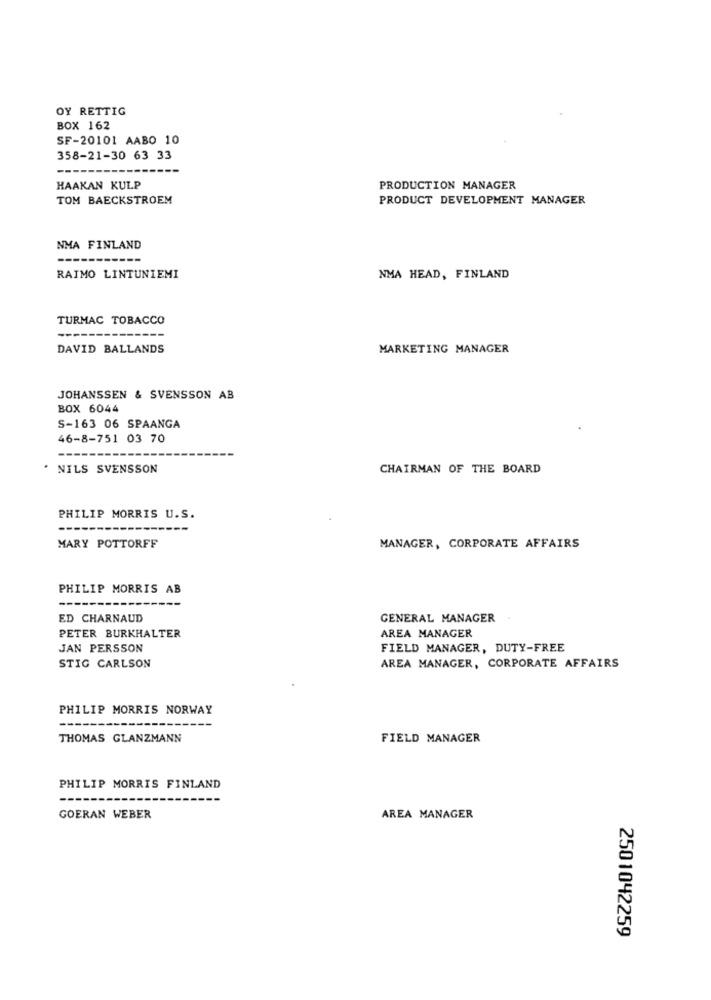
OY RETTIG
BOX 162
SF-20101 AABO 10
358-21-30 63 33
HAAKAN KULP
PRODUCTION MANAGER
TOM BAECKSTROEM
PRODUCT DEVELOPMENT MANAGER
NMA FINLAND
RAIMO LINTUNIEMI
NMA HEAD, FINLAND
TURMAC TOBACCO
---
DAVID BALLANDS
MARKETING MANAGER
JOHANSSEN & SVENSSON AB
BOX 6044
S-163 06 SPAANGA
46-8-751 03 70
NILS SVENSSON
CHAIRMAN OF THE BOARD
PHILIP MORRIS U.S.
MARY POTTORFF
MANAGER, CORPORATE AFFAIRS
PHILIP MORRIS AB
ED CHARNAUD
GENERAL MANAGER
PETER BURKHALTER
AREA MANAGER
JAN PERSSON
FIELD MANAGER, DUTY-FREE
STIG CARLSON
AREA MANAGER, CORPORATE AFFAIRS
PHILIP MORRIS NORWAY
THOMAS GLANZMANN
FIELD MANAGER
PHILIP MORRIS FINLAND
GOERAN WEBER
AREA MANAGER
2501042259